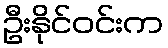
ဦးနိုင်ဝင်းက